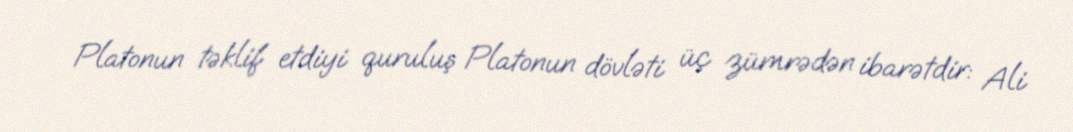
Platonun təklif etdiyi quruluş Platonun dövləti üç zümrədən ibarətdir: Ali